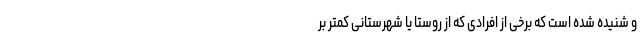
و شنیده شده است که برخی از افرادی که از روستا یا شهرستانی کمتر بر